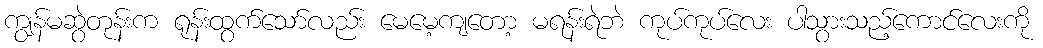
ကျွန်မဆွဲတုန်းက ရုန်းထွက်သော်လည်း မေမေ့ကျတော့ မရန်းရဲဘဲ ကုပ်ကုပ်လေး ပါသွားသည့်ကောင်လေးကို